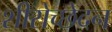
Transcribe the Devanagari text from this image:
शीरोच्छेदन